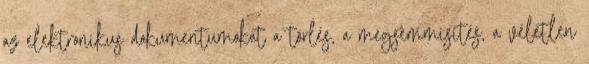
az elektronikus dokumentumokat a törlés, a megsemmisítés, a véletlen